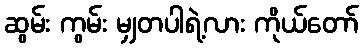
ဆွမ်း ကွမ်း မျှတပါရဲ့လား ကိုယ်တော်